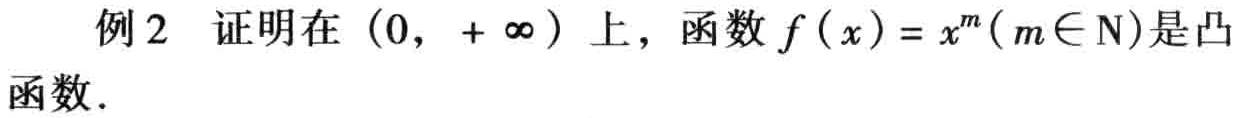
其中正确的判断是________.